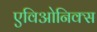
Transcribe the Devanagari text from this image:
एविओनिक्स